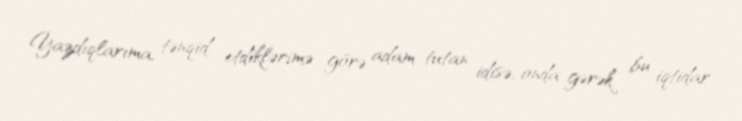
Yazdıqlarıma, tənqid etdiklərimə görə adam tutan idisə, onda gərək bu iqtidar